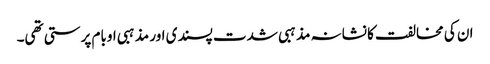
ان کی مخالفت کا نشانہ مذہبی شدت پسندی اور مذہبی اوبام پرستی تھی۔